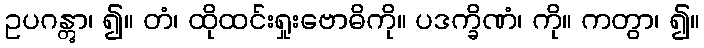
ဥပဂန္တွာ၊ ၍။ တံ၊ ထိုထင်းရှုးဗောဓိကို။ ပဒက္ခိဏံ၊ ကို။ ကတွာ၊ ၍။